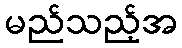
မည်သည့်အ